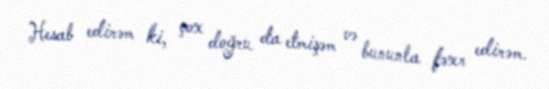
Hesab edirəm ki, çox doğru da etmişəm və bununla fəxr edirəm.